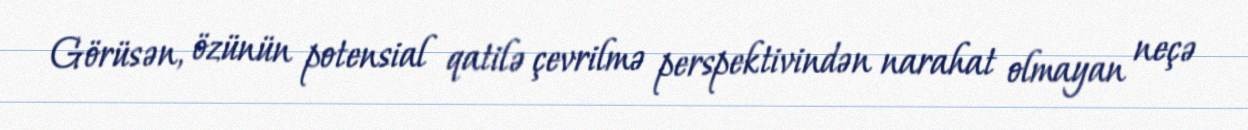
Görüsən, özünün potensial qatilə çevrilmə perspektivindən narahat olmayan neçə